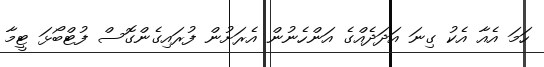
ހަމަ އެއާ އެކު ގިނަ އަދަދެއްގެ އަންހެނުން އެރަށުން ފުރައިގެންގޮސް ފުޓްބޯޅަ ޓީމާ